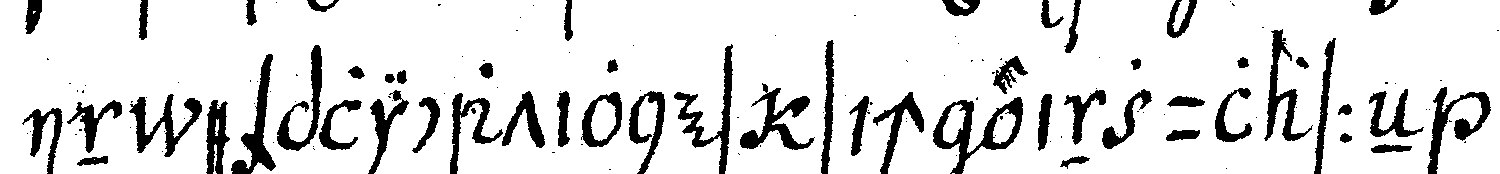
in explicationes sich einzulasseN .